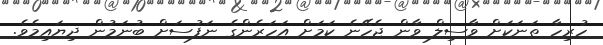
ހުރިހާ ތަނަކަށް ވާސިލް ވާން ޖެހޭނެ ކަމަށް އަހަރެންގެ ނަފުސަށް ބުނަމުން ދިޔައިމެވެ.